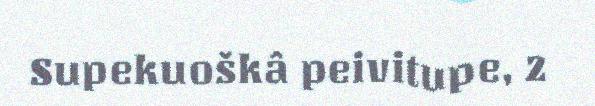
Supekuoškâ peivitupe, 2